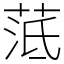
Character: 䓜